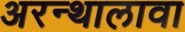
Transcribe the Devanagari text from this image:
अरन्थालावा